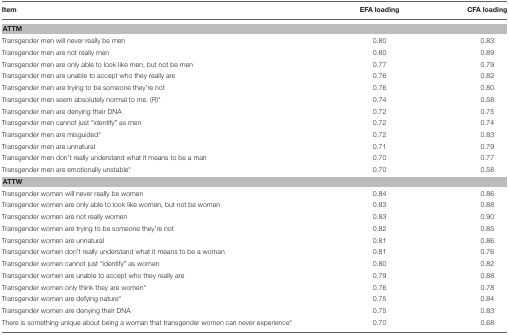
<table><thead><tr><td><b>Item</b></td><td><b>EFA loading</b></td><td><b>CFA loading</b></td></tr></thead><tbody><tr><td colspan="3"><b>ATTM</b></td></tr><tr><td>Transgender men will never really be men</td><td>0.80</td><td>0.83</td></tr><tr><td>Transgender men are not really men</td><td>0.80</td><td>0.89</td></tr><tr><td>Transgender men are only able to look like men, but not be men</td><td>0.77</td><td>0.79</td></tr><tr><td>Transgender men are unable to accept who they really are</td><td>0.76</td><td>0.82</td></tr><tr><td>Transgender men are trying to be someone they&#x27;re not</td><td>0.76</td><td>0.80</td></tr><tr><td>Transgender men seem absolutely normal to me. (<i>R</i>)<sup>*</sup></td><td>0.74</td><td>0.58</td></tr><tr><td>Transgender men are denying their DNA</td><td>0.72</td><td>0.75</td></tr><tr><td>Transgender men cannot just “identify” as men</td><td>0.72</td><td>0.74</td></tr><tr><td>Transgender men are misguided<sup>*</sup></td><td>0.72</td><td>0.83</td></tr><tr><td>Transgender men are unnatural</td><td>0.71</td><td>0.79</td></tr><tr><td>Transgender men don&#x27;t really understand what it means to be a man</td><td>0.70</td><td>0.77</td></tr><tr><td>Transgender men are emotionally unstable<sup>*</sup></td><td>0.70</td><td>0.58</td></tr><tr><td colspan="3"><b>ATTW</b></td></tr><tr><td>Transgender women will never really be women</td><td>0.84</td><td>0.86</td></tr><tr><td>Transgender women are only able to look like women, but not be women</td><td>0.83</td><td>0.88</td></tr><tr><td>Transgender women are not really women</td><td>0.83</td><td>0.90</td></tr><tr><td>Transgender women are trying to be someone they&#x27;re not</td><td>0.82</td><td>0.85</td></tr><tr><td>Transgender women are unnatural</td><td>0.81</td><td>0.86</td></tr><tr><td>Transgender women don&#x27;t really understand what it means to be a woman</td><td>0.81</td><td>0.76</td></tr><tr><td>Transgender women cannot just “identify” as women</td><td>0.80</td><td>0.82</td></tr><tr><td>Transgender women are unable to accept who they really are</td><td>0.79</td><td>0.88</td></tr><tr><td>Transgender women only think they are women<sup>*</sup></td><td>0.76</td><td>0.78</td></tr><tr><td>Transgender women are defying nature<sup>*</sup></td><td>0.75</td><td>0.84</td></tr><tr><td>Transgender women are denying their DNA</td><td>0.75</td><td>0.83</td></tr><tr><td>There is something unique about being a woman that transgender women can never experience<sup>*</sup></td><td>0.70</td><td>0.68</td></tr></tbody></table>